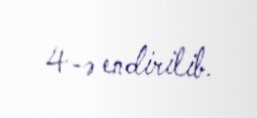
4-ə endirilib.